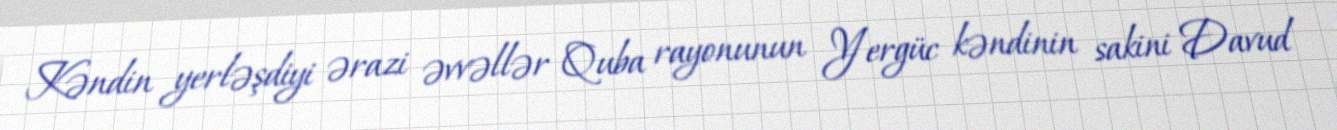
Kəndin yerləşdiyi ərazi əvvəllər Quba rayonunun Yergüc kəndinin sakini Davud